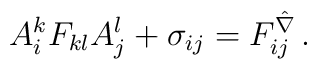
A_{i}^{k}F_{kl}A^{l}_{j}  +  \sigma_{ij} =  F^{\hat \nabla}_{ij} \, .